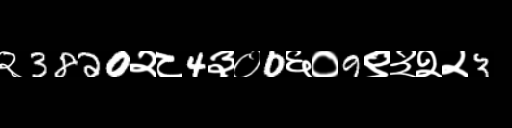
Text: २3820२८4३०0६०9९३२२3